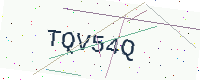
Text: TQV54Q